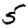
Digit: 5